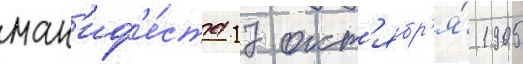
ман'иф'е́ста 17 окт'ябр'я́ 1905